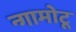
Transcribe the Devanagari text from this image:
न्गामोटू